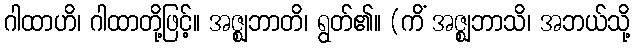
ဂါထာဟိ၊ ဂါထာတို့ဖြင့်။ အဇ္ဈဘာတိ၊ ရွတ်၏။ (ကိံ အဇ္ဈဘာသိ၊ အဘယ်သို့